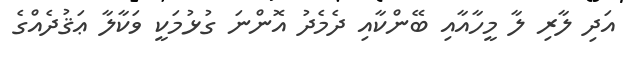
އަދި ލާރި ލާ މީހާއާއި ބޭންކާއި ދެމެދު އޮންނަ ގުޅުމަކީ ވަކާލާ ޢަޤުދެއްގެ